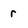
Character: r